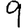
Digit: 9